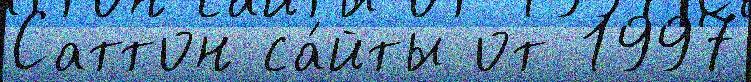
Саттон са́йты от 1997